Leaving Certificate Examination, 1918
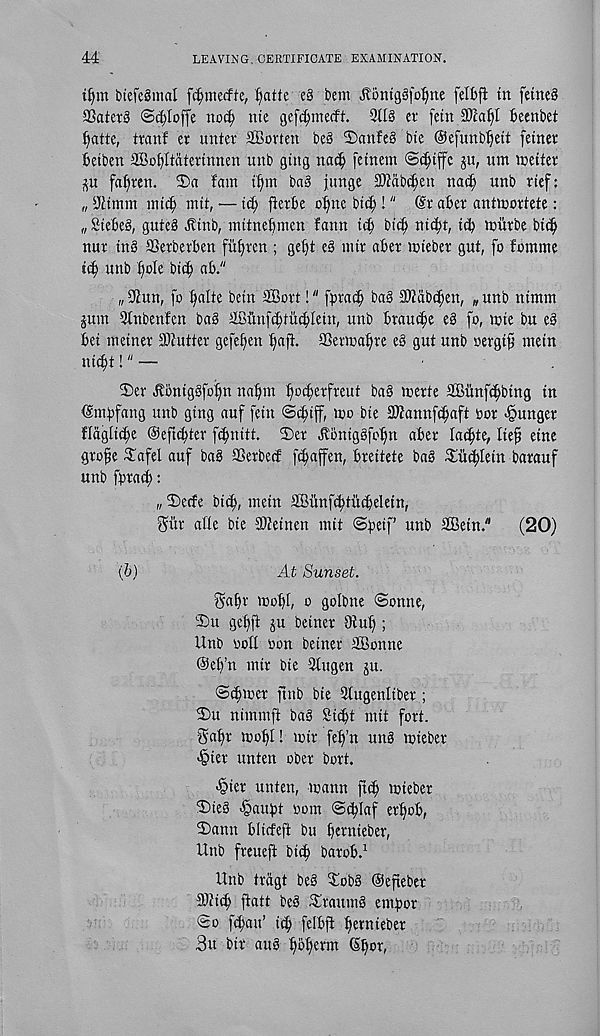
44
LEAVING, CERTIFICATE EXAMINATION.
tfym btefcgmal
f^atte c§ bem jtomgei'ofme felbfi in fetne§
SSatet3 S^Ioffe not^ nte gefc^mecft. 3tl§ cv fetn
fiecnbet
^atte, tranf er unter 2Bovten be§ 2)anfeg bie ©efunb^ieii fetner
iictben 2BoI)Itatetumen unb gtng nac^ fctnem ©djiffc ju, um iceiter
fasten. 3)a fam t^m ba§ jimge 3)?ab(|en nac^ unb rtef:
„ 9itmm
mtt, — id? jierfie o^rte bt(^!" @r aBer antnjortete:
„ SteBe§, gutcg Jttnb, mtineBmen farm {$ bid) ni^t, id) miitbe bi(^
nur in§ SSerberBen fufyrcn ; ge^t e$ mir aBet mieber gut, fo fomme
id) unb [)oIe bi(^ aB."
„ 92un, fo finite betn SBort!" fpra^ ba§ 2Mbd)en, „ unb nimm
§um 9Inbenfen ba§ iffiunfcftii^Iein, unb Braude cS fo, mie bu e§
Bet tnetnet stutter gefefen I)afl. 23eviv>aljre e3 gut unb oergt^ mein
nid)t!" —
Dev ^BnigSfoifn nafjm fioc^etfreut ba§ teerte SBiinfc^btng in
^mBfang unb ging auf fein ©cfiff, too bie IKannf^aft nor hunger
Hagtic^e OeftcBter fcBnitt. 2)et ^BntgSfo^n aBer lac^te, Ite§ eine
gtofie ^afel auf bag SSetbecf f^affen, Breitete ba§ ^Eit^Iein batauf
unb fptad;:
„ £>ecfe bic^, mein 2Bunf(^tti(BeIetn,
^itr afle bie SJteinen mit
SBbtn."
(20)
(6)
At Sunset.
gafir moBI, o golbne Sonne,
3)u gefft ju beiner Dtuf);
Unb noil oon betnev SBonne
@et)’n mir bie 2tugen ju.
S^toer ftnb bie Stugenliber ;
IDu nimmft bag Sidjt mtt fort,
ga^r moBI! unr feB’n ung mieber
>§ter unten ober bort.
>§ier unten, mann fuB mieber
®ieg <§auBt nom S<BIaf erBoB,
2)ann Blicfeft bu B^rnieber,
Unb freueft bic| baroB. 1
Unb trdgt beg £obg Oejteber
9)ticB ftatt beg Craning emBor
So f^att’ iiB felBfi B« n ttBer
3u bir aug BBBerm ^Bor,